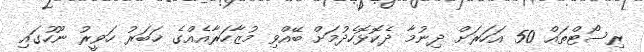
ރިސޯޓްތައް 50 އަހަރަށް ދިނުމާ ދެކޮޅޮހެދުމަށް ބޭއްވި މުޒާހަރާއެއްގެ ޚަބަރު ހަވީރު ނޫހުގައި